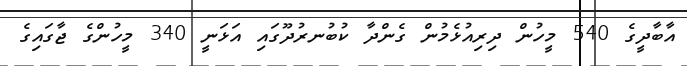
އާބާދީގެ 540 މީހުން ދިރިއުޅެމުން ގެންދާ ކުބުނރުދޫގައި އަޅަނީ 340 މީހުންގެ ޖާގައިގެ